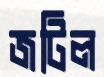
জটিল